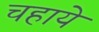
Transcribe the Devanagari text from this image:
चहाये